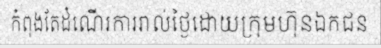
កំពុងតែដំណើរការរាល់ថ្ងៃដោយក្រុមហ៊ុនឯកជន